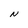
Character: N